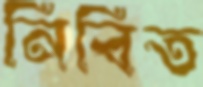
নিবিত